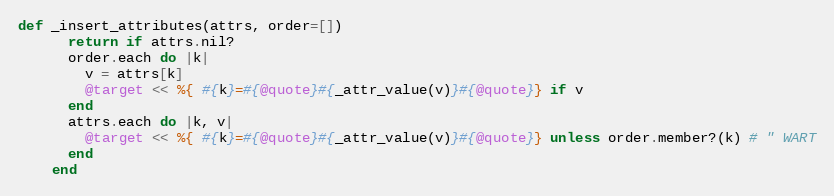
Language: Ruby
def _insert_attributes(attrs, order=[])
      return if attrs.nil?
      order.each do |k|
        v = attrs[k]
        @target << %{ #{k}=#{@quote}#{_attr_value(v)}#{@quote}} if v
      end
      attrs.each do |k, v|
        @target << %{ #{k}=#{@quote}#{_attr_value(v)}#{@quote}} unless order.member?(k) # " WART
      end
    end